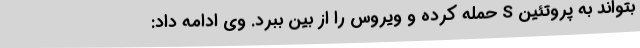
بتواند به پروتئین S حمله کرده و ویروس را از بین ببرد. وی ادامه داد: